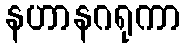
နဟာနဂရုကာ